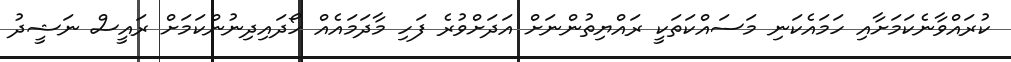
ކުރައްވާނެކަމަށާއި ހަމައެކަނި މަސައްކަތަކީ ރައްޔިތުންނަށް އަދަށްވުރެ ފަހި މާދަމައެއް ހޯދައިދިނުންކަމަށް ރައީސް ނަޝީދު